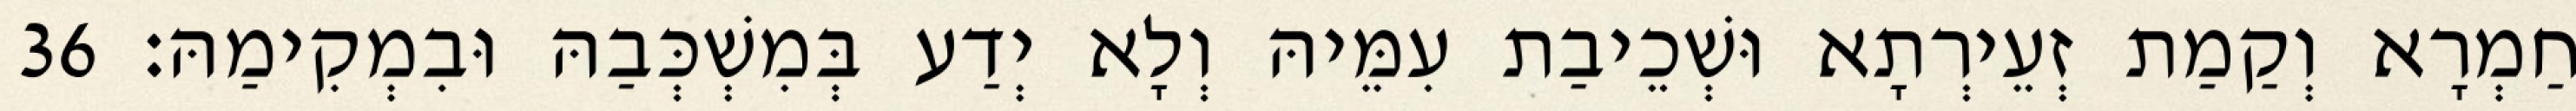
חַמְרָא וְקַמַת זְעֵירְתָא וּשְׁכֵיבַת עִמֵּיהּ וְלָא יְדַע בְּמִשְׁכְּבַהּ וּבִמְקִימַהּ׃ 36